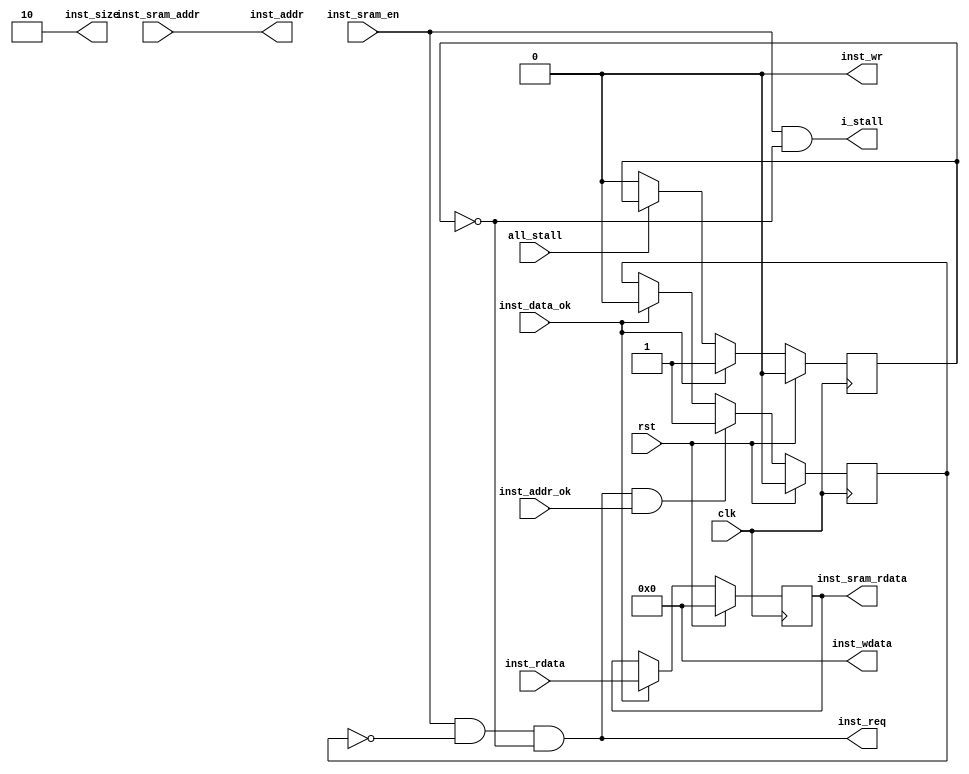
module i_sram2sraml(
    input wire clk, rst,
    //sram
    input wire inst_sram_en,
    input wire [31:0] inst_sram_addr,
    output wire [31:0] inst_sram_rdata,
    output wire i_stall,
    input wire all_stall,

    //sram like
    output wire inst_req, 
    output wire inst_wr,
    output wire [1:0] inst_size,
    output wire [31:0] inst_addr,
    output wire [31:0] inst_wdata,
    input wire inst_addr_ok,
    input wire inst_data_ok,
    input wire [31:0] inst_rdata
);
    reg addr_rcv;      //
    reg do_finish;     //

    always @(posedge clk) begin
        addr_rcv <= rst          ? 1'b0 :  //rst0
                    //reqok
                    //
                    //reqaddrokdataok
                    //dataokaddrokdataokaddrokstall
                    
                    inst_req & inst_addr_ok? 1'b1 :
                    //
                    inst_data_ok ? 1'b0 : addr_rcv;
    end

    always @(posedge clk) begin
        do_finish <= rst          ? 1'b0 : //rst0
                    //
                     inst_data_ok ? 1'b1 :
                     ~all_stall ? 1'b0 : do_finish;
    end

    //save rdata
    //
    reg [31:0] inst_rdata_save;
    always @(posedge clk) begin
        inst_rdata_save <= rst ? 32'b0:
                           inst_data_ok ? inst_rdata : inst_rdata_save;
    end

    //sram like
    //req
    assign inst_req = inst_sram_en & ~addr_rcv & ~do_finish;
    assign inst_wr = 1'b0;
    assign inst_size = 2'b10;
    assign inst_addr = inst_sram_addr;
    assign inst_wdata = 32'b0;

    //sram
    assign inst_sram_rdata = inst_rdata_save;
    //instsramdatapathistallstall
    assign i_stall = inst_sram_en & ~do_finish;
endmodule